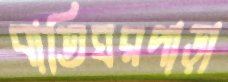
বাতিঘরপাড়া